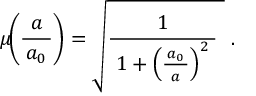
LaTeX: \mu \! \! \left( { \frac { a } { \, a _ { 0 } \, } } \right) = { \sqrt { { \frac { 1 } { \; 1 + \left( { \frac { \, a _ { 0 } \, } { a } } \right) ^ { 2 } \; } } ~ } } ~ .